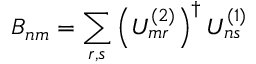
B _ { n m } = \sum _ { r , s } \left( U _ { m r } ^ { ( 2 ) } \right) ^ { \dagger } U _ { n s } ^ { ( 1 ) }